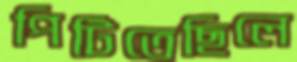
পিটিতেছিলে